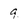
Character: 9